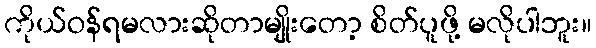
ကိုယ်ဝန်ရမလားဆိုတာမျိုးတော့ စိတ်ပူဖို့ မလိုပါဘူး။